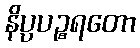
နိပ္ပပဉ္စရတော